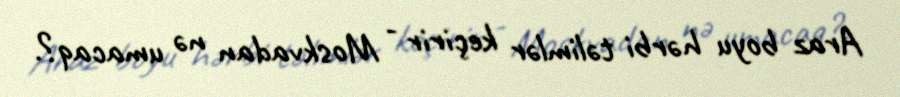
Araz boyu hərbi təlimlər keçirir - Moskvadan nə umacaq?.